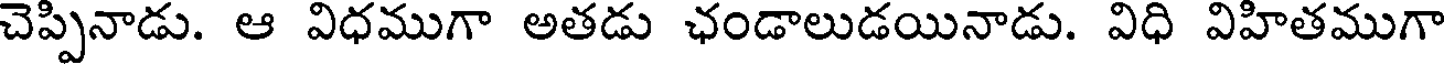
చెప్పినాడు. ఆ విధముగా అతడు ఛండాలుడయినాడు. విధి విహితముగా